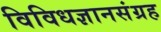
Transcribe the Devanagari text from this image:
विविधज्ञानसंग्रह